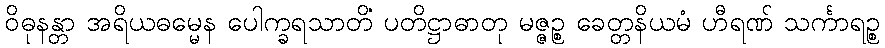
ဝိဓုနန္တာ အရိယဓမ္မေန ပေါက္ခရသာတိံ ပတိဋ္ဌာဓာတု မဇ္ဇဉ္စ ခေတ္တနိယမံ ဟီရဏ် သင်္ကာရဉ္စ